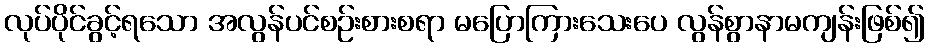
လုပ်ပိုင်ခွင့်ရသော အလွန်ပင်စဉ်းစားစရာ မပြောကြားသေးပေ လွန်စွာနာမကျန်းဖြစ်၍